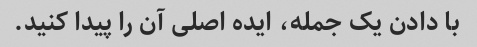
با دادن یک جمله، ایده اصلی آن را پیدا کنید.